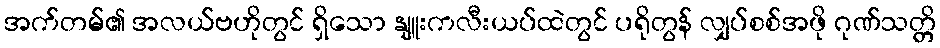
အက်တမ်၏ အလယ်ဗဟိုတွင် ရှိသော နျူးကလီးယပ်ထဲတွင် ပရိုတွန် လျှပ်စစ်အဖို ဂုဏ်သတ္တိ